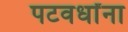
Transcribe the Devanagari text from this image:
पटवर्धांना